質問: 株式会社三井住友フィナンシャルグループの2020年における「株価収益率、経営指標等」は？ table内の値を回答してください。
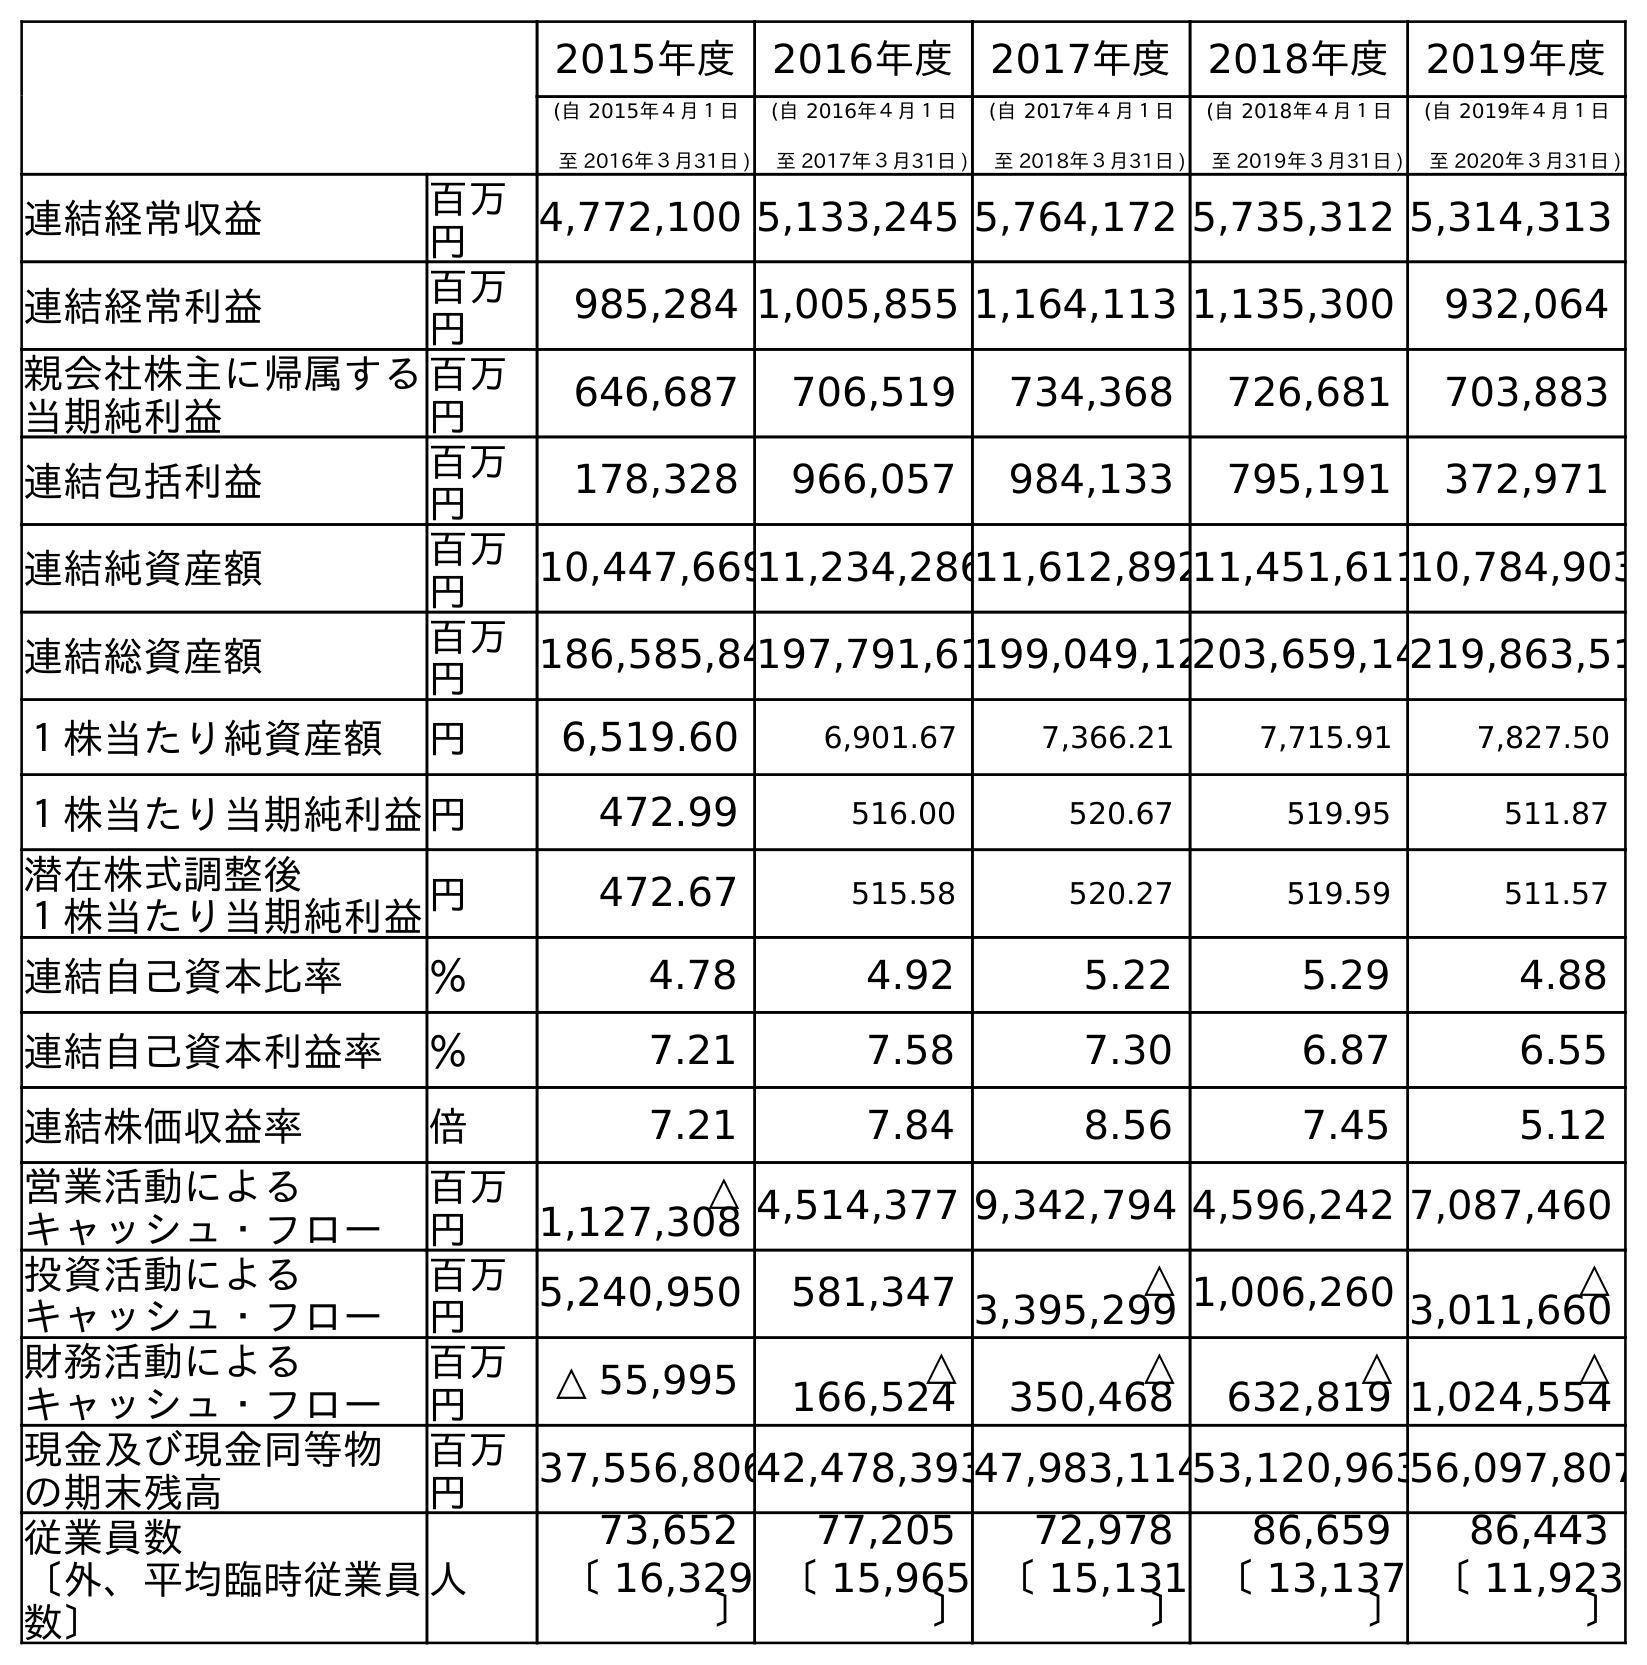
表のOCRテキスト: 2015年度 2016年度 2017年度 2018年度 2019年度 (自 2015年４月１日 至 2016年３月31日 ) (自 2016年４月１日 至 2017年３月31日 ) (自 2017年４月１日 至 2018年３月31日 ) (自 2018年４月１日 至 2019年３月31日 ) (自 2019年４月１日 至 2020年３月31日 ) 連結経常収益 百万 円 4,772,100 5,133,245 5,764,172 5,735,312 5,314,313 連結経常利益 百万 円 985,284 1,005,855 1,164,113 1,135,300 932,064 親会社株主に帰属する 当期純利益 百万 円 646,687 706,519 734,368 726,681 703,883 連結包括利益 百万 円 178,328 966,057 984,133 795,191 372,971 連結純資産額 百万 円 10,447,66911,234,28611,612,89211,451,61110,784,903 連結総資産額 百万 円 186,585,84197,791,61199,049,12203,659,14219,863,51 １株当たり純資産額 円 6,519.60 6,901.67 7,366.21 7,715.91 7,827.50 １株当たり当期純利益円 472.99 516.00 520.67 519.95 511.87 潜在株式調整後 １株当たり当期純利益円 472.67 515.58 520.27 519.59 511.57 連結自己資本比率 ％ 4.78 4.92 5.22 5.29 4.88 連結自己資本利益率 ％ 7.21 7.58 7.30 6.87 6.55 連結株価収益率 倍 7.21 7.84 8.56 7.45 5.12 営業活動による キャッシュ・フロー 百万 円 △ 1,127,308 4,514,377 9,342,794 4,596,242 7,087,460 投資活動による キャッシュ・フロー 百万 円 5,240,950 581,347 △ 3,395,299 1,006,260 △ 3,011,660 財務活動による キャッシュ・フロー 百万 円 △ 55,995 △ 166,524 △ 350,468 △ 632,819 △ 1,024,554 現金及び現金同等物 の期末残高 百万 円 37,556,80642,478,39347,983,11453,120,96356,097,807 従業員数 〔外、平均臨時従業員 数〕 人 73,652 77,205 72,978 86,659 86,443 〔 16,329 〕 〔 15,965 〕 〔 15,131 〕 〔 13,137 〕 〔 11,923 〕
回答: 5.12